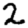
Digit: 2